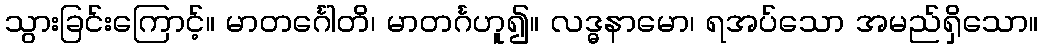
သွားခြင်းကြောင့်။ မာတင်္ဂေါတိ၊ မာတင်္ဂဟူ၍။ လဒ္ဓနာမော၊ ရအပ်သော အမည်ရှိသော။